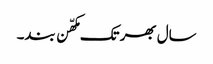
سال بھر تک مکھّن بند۔